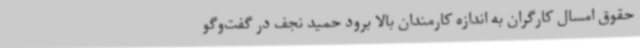
حقوق امسال کارگران به اندازه کارمندان بالا برود حمید نجف در گفت‌وگو